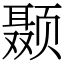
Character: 颞